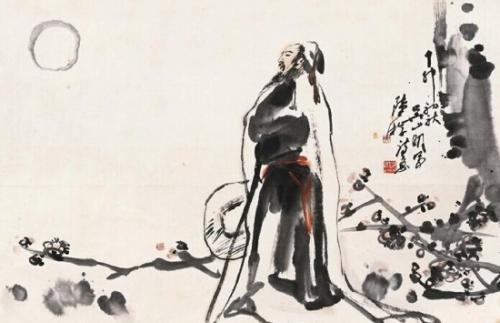
和戎诏下十五年，将军不战空临边。